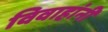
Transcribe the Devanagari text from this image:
विवाहांनी